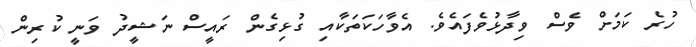
ހުރެ ކަމަށް ވެސް ވިދާޅުވެފައެވެ. އެވާހަކަތަކާއި ގުޅިގެން ރައީސް ނަޝީދު ވަނީ ކުރިން